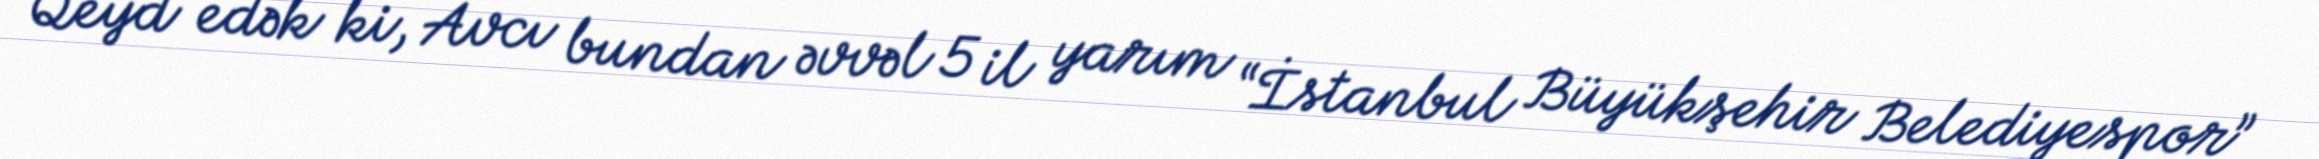
Qeyd edək ki, Avcı bundan əvvəl 5 il yarım “İstanbul Büyükşehir Belediyespor”